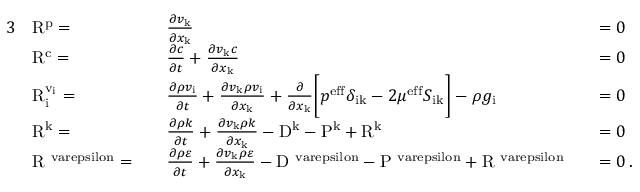
\begin{array} { r l r l r l } { { 3 } } & { \mathrm { R } ^ { \mathrm { p } } = } & & { \frac { \partial v _ { \mathrm { k } } } { \partial x _ { \mathrm { k } } } } & & { = 0 } \\ & { \mathrm { R } ^ { \mathrm { c } } = } & & { \frac { \partial c } { \partial t } + \frac { \partial v _ { \mathrm { k } } c } { \partial x _ { \mathrm { k } } } } & & { = 0 } \\ & { \mathrm { R } _ { \mathrm { i } } ^ { \mathrm { v _ { \mathrm { i } } } } = } & & { \frac { \partial \rho v _ { \mathrm { i } } } { \partial t } + \frac { \partial v _ { \mathrm { k } } \rho v _ { \mathrm { i } } } { \partial x _ { \mathrm { k } } } + \frac { \partial } { \partial x _ { \mathrm { k } } } \bigg [ p ^ { \mathrm { e f f } } \delta _ { \mathrm { i k } } - 2 \mu ^ { \mathrm { e f f } } S _ { \mathrm { i k } } \bigg ] - \rho g _ { \mathrm { i } } } & & { = 0 } \\ & { \mathrm { R } ^ { \mathrm { k } } = } & & { \frac { \partial \rho k } { \partial t } + \frac { \partial v _ { \mathrm { k } } \rho k } { \partial x _ { \mathrm { k } } } - \mathrm { D } ^ { \mathrm { k } } - \mathrm { P } ^ { \mathrm { k } } + \mathrm { R } ^ { \mathrm { k } } } & & { = 0 } \\ & { \mathrm { R } ^ { \mathrm { \ v a r e p s i l o n } } = } & & { \frac { \partial \rho \varepsilon } { \partial t } + \frac { \partial v _ { \mathrm { k } } \rho \varepsilon } { \partial x _ { \mathrm { k } } } - \mathrm { D } ^ { \mathrm { \ v a r e p s i l o n } } - \mathrm { P } ^ { \mathrm { \ v a r e p s i l o n } } + \mathrm { R } ^ { \mathrm { \ v a r e p s i l o n } } } & & { = 0 \, . } \end{array}